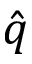
\hat { q }